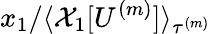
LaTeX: x_{1}/\langle\mathcal{X}_{1}[U^{(m)}]\rangle_{\tau^{(m)}}